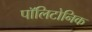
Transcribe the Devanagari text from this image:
पॉलिटोनिक